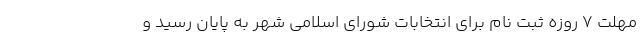
مهلت ۷ روزه ثبت نام برای انتخابات شورای اسلامی شهر به پایان رسید و